Annual administration report of the Civil Veterinary Department of India - 1910-1911
Year: 1910
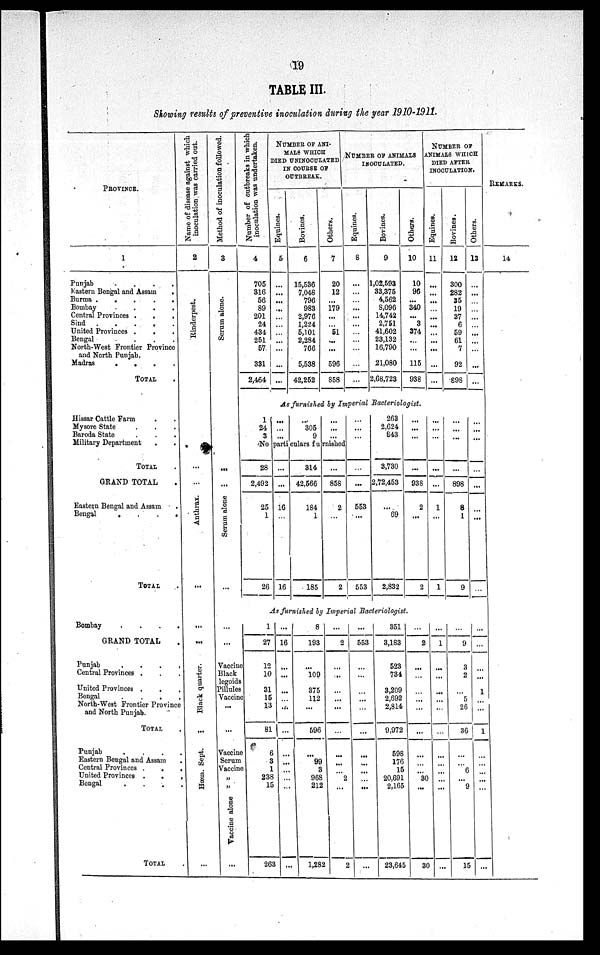
19
TABLE III.
Showing results of preventive inoculation during the year 1910-1911.
PROVINCE.
1
Punjab . . .
Eastern Bengal and Assam
.
Burma .
.
.
.
Bombay
.
.
.
.
.
Central Provinces .
.
.
Sind .
.
.
.
.
United Provinces .
. .
Bengal . . .
North-West Frontier Province
and North Punjab.
Madras
.
.
.
.
TOTAL .
Hissar Cattle Farm . .
Mysore State . . .
Baroda State . . .
Military Department . .
TOTAL .
GRAND TOTAL .
Eastern Bengal and Assam .
Bengal
.
.
.
.
TOTAL .
Bombay
.
.
.
.
.
GRAND TOTAL .
Punjab . . . .
Central Provinces . . . . .
United Provinces .
.
Bengal . . . .
North-West Frontier Province
and North Punjab.
TOTAL .
Punjab . . . .
Eastern Bengal and Assam .
Central Provinces .
. .
United Provinces . . .
Bengal . . . .
TOTAL .
Name of disease against which
inoculation was carried out.
2
Rinderpest.
...
...
Anthrax.
...
...
...
Black quarter.
...
Hæm. Sept.
....
Method of inoculation followed.
3
Serum alone.
...
...
Serum alone
...
Number of outbreaks in which
inoculation was undertaken.
4
705
316
56
89
201
24
434
251
57
331
2,464
NUMBER OF ANI¬
MALS WHICH
DIED UNINOCULATED
IN COURSE OF
OUTBREAK.
Equines.
5
...
...
...
...
...
...
...
...
...
...
...
Bovines.
6
15,536
7,048
796
983
2,976
1,224
5,101
2,284
766
5,538
42,252
Others.
7
20
12
...
179
...
...
51
...
...
596
858
NUMBER OF ANIMALS
INOCULATED.
Equines.
8
...
...
...
...
...
...
...
...
...
...
Bovines.
9
1,02,593
33,375
4,562
8,096
14,742
2,751
41,602
23,132
16,790
21,080
2,68,723
Others.
10
10
96
...
340
...
3
374
...
...
115
938
As furnished by Imperial Bacteriologist.
1
24
3
...
...
...
...
305
9
...
...
...
No particulars furnished
28
2,492
25
1
26
...
...
16
...
16
314
42,566
184
1
185
...
858
2
...
2
...
...
...
...
...
553
...
553
263
2,624
843
3,730
2,72,453
...
69
2,832
...
...
...
...
938
2
...
2
NUMBER OF
NIMALS WHICH
DIED AFTER
INOCULATION.
Equines.
11
...
...
...
...
...
...
...
...
...
...
...
...
...
...
...
...
1
...
1
Bovines.
12
300
282
35
19
37
6
59
61
7
92
898
...
...
...
...
898
8
1
9
Others.
13
...
...
...
...
...
...
...
...
...
...
...
...
...
...
...
...
...
...
...
As furnished by Imperial Bacteriologist.
...
...
Vaccine
Black
legoids
Pillules
Vaccine
...
...
Vaccine
Serum
Vaccine
„
Vaccine alone „
...
1
27
12
10
31
15
13
81
6
3
1
238
15
263
...
16
...
...
...
...
...
...
...
...
...
...
...
...
8
193
...
109
375
112
...
596
...
99
3
968
212
1,282
...
2
...
...
...
...
...
...
...
...
...
2
...
...
...
553
...
...
...
...
...
...
...
...
...
...
...
...
351
3,183
523
734
3,209
2,692
2,814
9,972
598
176
15
20,691
2,165
23,645
...
2
...
...
...
...
...
...
...
...
...
30
...
30
...
1
...
...
...
...
...
...
...
...
...
...
...
...
...
9
3
2
...
5
26
36
...
...
6
...
9
15
...
...
...
...
1
...
...
1
...
...
...
...
...
...
REMARKS.
14